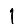
Digit: 1